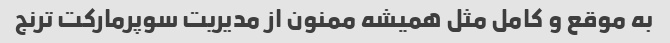
به موقع و کامل مثل همیشه ممنون از مدیریت سوپرمارکت ترنج